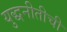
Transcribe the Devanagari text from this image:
युद्धनीतीची